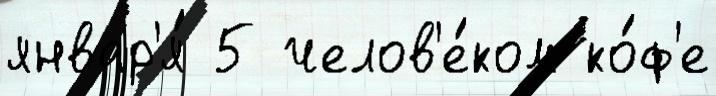
январ'я́ 5 челов'е́ком ко́ф'е